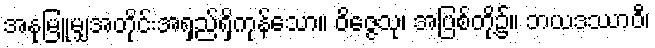
အနုမြူမျှအတိုင်းအရှည်ရှိကုန်သော။ ဝိဇ္ဇေသု၊ အပြစ်တို့၌။ ဘယဒဿာဝီ၊